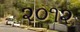
૨૦૧૨